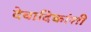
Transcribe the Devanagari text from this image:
देवादिकांशी